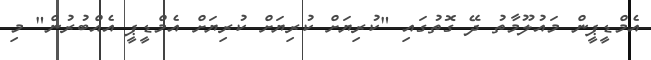
އެމްޑީޕީން މައުލޫމާތު ދޭ ގޮތުގައި "ކުރިޔަށް ކުރިޔަށް ކުރިޔަށް އެމްޑީޕީ އެއްބުރުން" މި